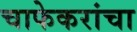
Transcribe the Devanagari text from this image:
चाफेकरांचा